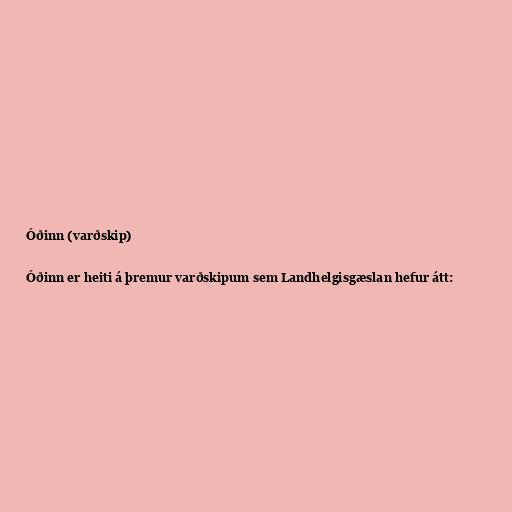
Óðinn (varðskip)

Óðinn er heiti á þremur varðskipum sem Landhelgisgæslan hefur átt: